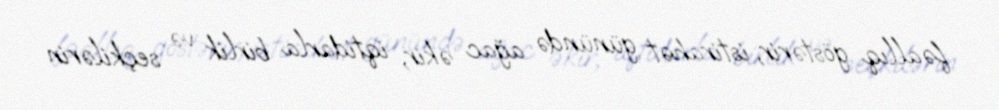
fəallıq göstərir, istirahət günündə ağac əkir, iqtidarla birlik və seçkilərin